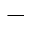
^ -